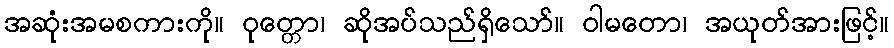
အဆုံးအမစကားကို။ ဝုတ္တော၊ ဆိုအပ်သည်ရှိသော်။ ဝါမတော၊ အယုတ်အားဖြင့်။